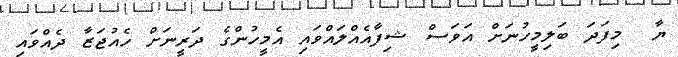
ޔާ  މިފަދަ ބަލިމީހުނަށް އަވަސް ޝިފާއެއްލައްވައި އެމީހުންގެ ދަރީނަށް ހެއުޖަޒާ ދެއްވައި